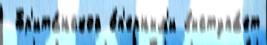
 Бр'ита́нской о́п'ерным'и выступа́ет